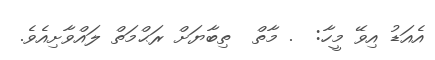
އެއަޑު އިވޭ މީހާ:  . މާތް  ތިބާޔަށް ރަޙްމަތް ލައްވާށިއެވެ.